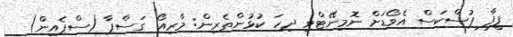
ފީފާ ޕުސްކަސް އެވޯޑަށް ނޮމިނޭޓްވި ދިހަ ކުޅުންތެރިން: މާރިއޯ ގަސްޕާ (ސްޕެއިން)